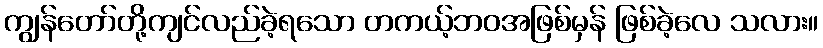
ကျွန်တော်တို့ကျင်လည်ခဲ့ရသော တကယ့်ဘဝအဖြစ်မှန် ဖြစ်ခဲ့လေ သလား။